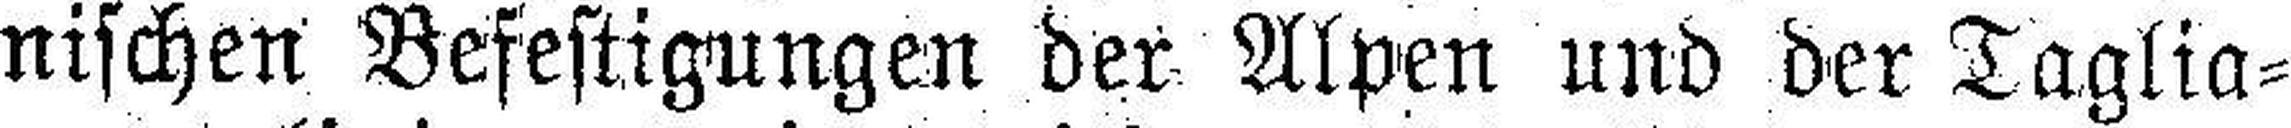
nischen Befestigungen der Alpen und der Taglia¬